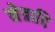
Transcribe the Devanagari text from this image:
नेत्रादि